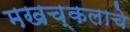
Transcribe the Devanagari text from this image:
मखच्कलाचे